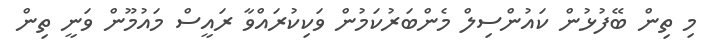
މި ތިން ބޭފުޅުން ކައުންސިލް މެންބަރުކަމުން ވަކިކުރައްވާ ރައީސް މައުމޫން ވަނީ ތިން